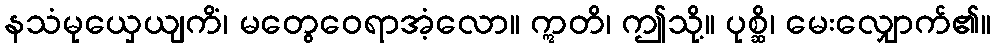
နသံမုယှေယျကိံ၊ မတွေဝေရာအံ့လော။ ဣတိ၊ ဤသို့။ ပုစ္ဆိ၊ မေးလျှောက်၏။